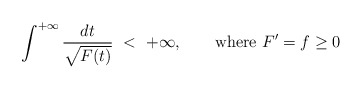
\begin{align*}\int^{+\infty}\frac{dt}{\sqrt{F(t)}}\ <\ +\infty,\qquad\hbox{where }F'=f\geq 0\end{align*}